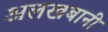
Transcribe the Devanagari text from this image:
अलखबानी